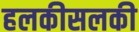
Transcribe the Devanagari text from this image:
हलकीसलकी